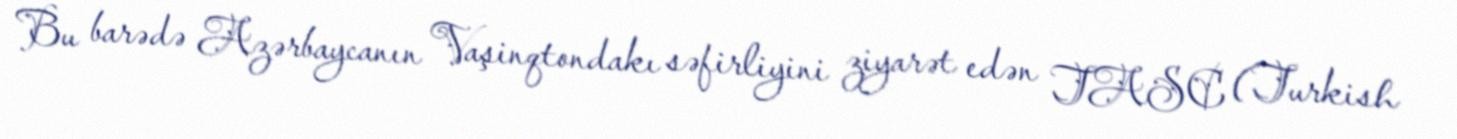
Bu barədə Azərbaycanın Vaşinqtondakı səfirliyini ziyarət edən TASC (Turkish